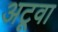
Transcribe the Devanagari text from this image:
अटूवा